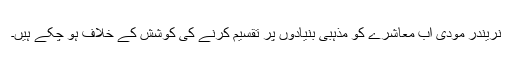
نریندر مودی اب معاشرے کو مذہبی بنیادوں پر تقسیم کرنے کی کوشش کے خلاف ہو چکے ہیں۔